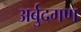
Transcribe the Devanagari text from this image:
अर्बुदगण